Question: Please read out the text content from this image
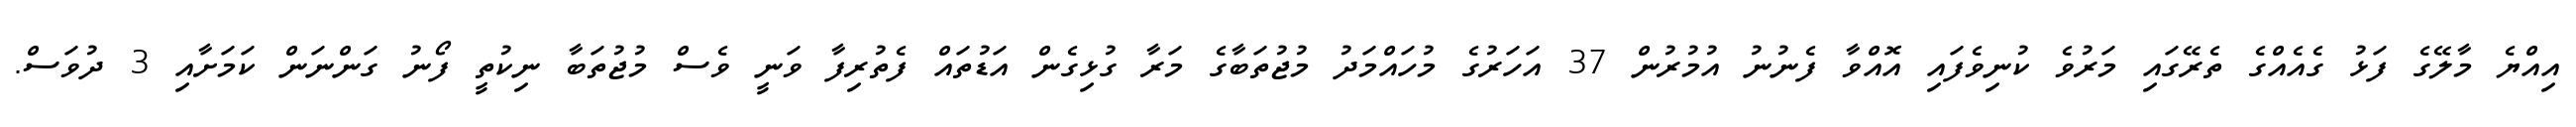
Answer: އިއްޔެ މާލޭގެ ފަޅު ގެއެއްގެ ތެރޭގައި މަރުވެ ކުނިވެފައި އޮއްވާ ފެނުނު އުމުރުން 37 އަހަރުގެ މުހައްމަދު މުޖުތަބާގެ މަރާ ގުޅިގެން އަޑުތައް ފެތުރިފާ ވަނީ ވެސް މުޖުތަބާ ނިކުތީ ފޯނު ގަންނަން ކަމަށާއި 3 ދުވަސް.